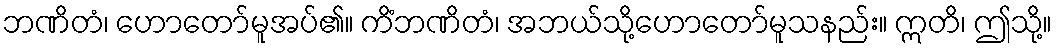
ဘဏိတံ၊ ဟောတော်မူအပ်၏။ ကိံဘဏိတံ၊ အဘယ်သို့ဟောတော်မူသနည်း။ ဣတိ၊ ဤသို့။